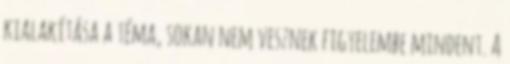
kialakítása a téma, sokan nem vesznek figyelembe mindent. A